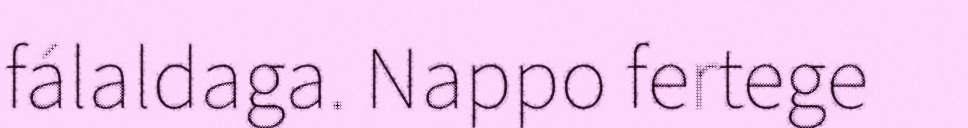
fálaldaga. Nappo fertege